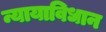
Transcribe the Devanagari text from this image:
न्यायाविधान